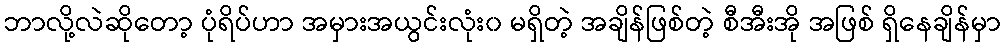
ဘာလို့လဲဆိုတော့ ပုံရိပ်ဟာ အမှားအယွင်းလုံး၀ မရှိတဲ့ အချိန်ဖြစ်တဲ့ စီအီးအို အဖြစ် ရှိနေချိန်မှာ